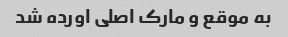
به موقع و مارک اصلی اورده شد